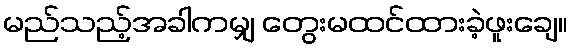
မည်သည့်အခါကမျှ တွေးမထင်ထားခဲ့ဖူးချေ။